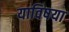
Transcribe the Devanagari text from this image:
याविषया